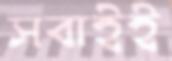
সবাইই